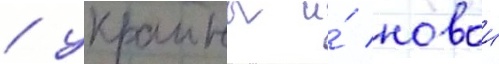
/ украины и́ новои